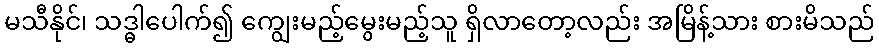
မသီနိုင်၊ သဒ္ဓါပေါက်၍ ကျွေးမည့်မွေးမည့်သူ ရှိလာတော့လည်း အမြိန့်သား စားမိသည်